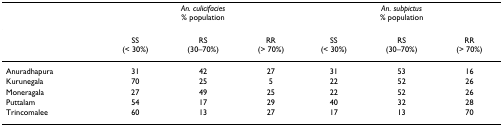
|  | <COLSPAN=3> An. culicifacies % population | <COLSPAN=3> An. subpictus % population |
 | --- | --- | --- | --- | --- | --- | --- |
 |  | SS (< 30%) | RS (30–70%) | RR (> 70%) | SS (< 30%) | RS (30–70%) | RR (> 70%) |
 | Anuradhapura | 31 | 42 | 27 | 31 | 53 | 16 |
 | Kurunegala | 70 | 25 | 5 | 22 | 52 | 26 |
 | Moneragala | 27 | 49 | 25 | 22 | 52 | 26 |
 | Puttalam | 54 | 17 | 29 | 40 | 32 | 28 |
 | Trincomalee | 60 | 13 | 27 | 17 | 13 | 70 |